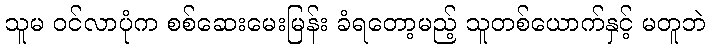
သူမ ဝင်လာပုံက စစ်ဆေးမေးမြန်း ခံရတော့မည့် သူတစ်ယောက်နှင့် မတူဘဲ